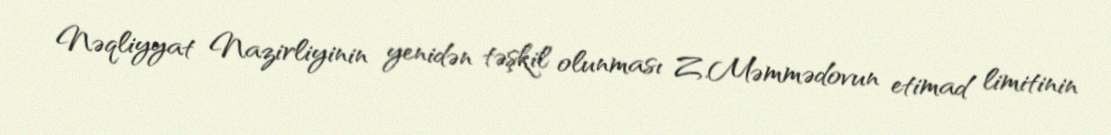
Nəqliyyat Nazirliyinin yenidən təşkil olunması Z.Məmmədovun etimad limitinin